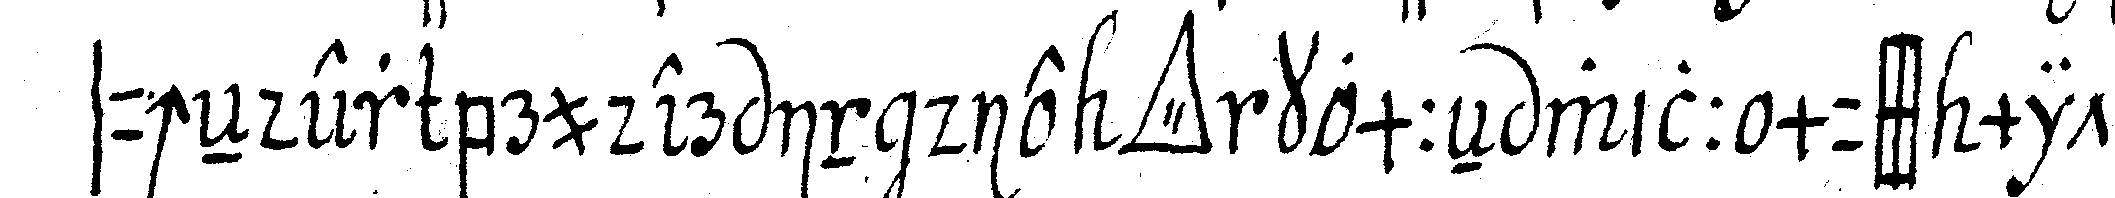
sucheNder bruder in die *tri..* kommeN will muss mit